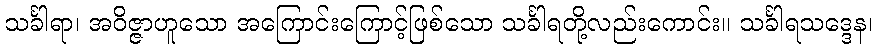
သင်္ခါရာ၊ အဝိဇ္ဇာဟူသော အကြောင်းကြောင့်ဖြစ်သော သင်္ခါရတို့လည်းကောင်း။ သင်္ခါရသဒ္ဒေန၊